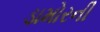
ડામોરની